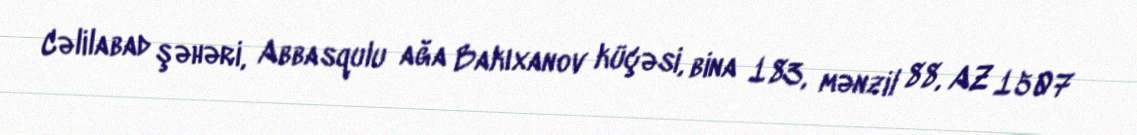
Cəlilabad şəhəri, Abbasqulu ağa Bakıxanov küçəsi, bina 183, mənzil 88, AZ 1507